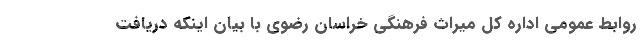
روابط عمومی اداره کل میراث فرهنگی خراسان رضوی با بیان اینکه دریافت